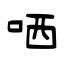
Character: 哂